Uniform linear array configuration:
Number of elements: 4
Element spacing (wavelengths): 0.75
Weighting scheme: blackman
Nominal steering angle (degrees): -30
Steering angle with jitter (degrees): -29.273
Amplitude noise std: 0.05
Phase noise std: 0.05

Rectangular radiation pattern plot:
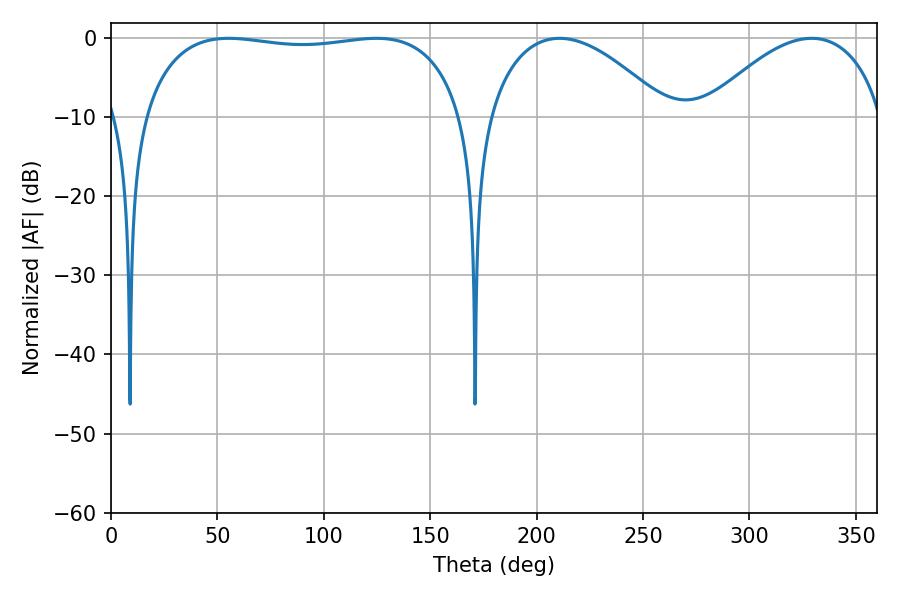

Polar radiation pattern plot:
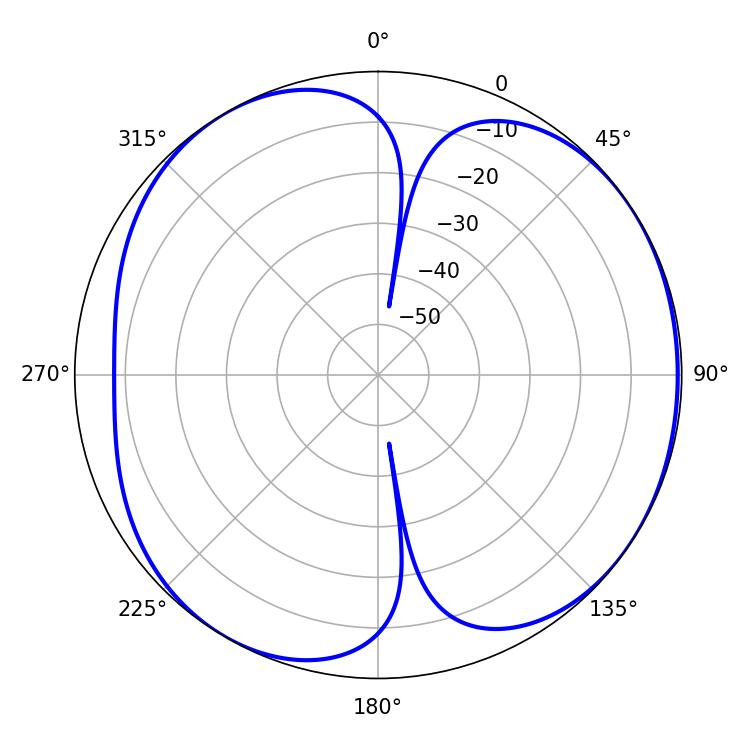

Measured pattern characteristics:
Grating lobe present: TRUE
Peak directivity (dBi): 5.298
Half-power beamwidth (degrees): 121.32
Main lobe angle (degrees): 55.26